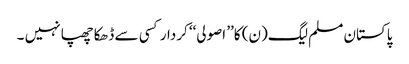
پاکستان مسلم لیگ(ن) کا’’ اصولی‘‘ کردار کسی سے ڈھکا چھپا نہیں ۔